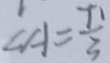
\angle A = \frac { T 1 } { 3 }